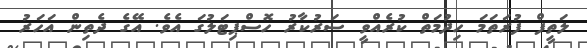
ލަތީފް ފުރަތަމަ ހިދުމަތް ކުރެއްވީ ސަރުކާރު ހޮސްޕިޓަލުގަ އެވެ. އޭގެ ދެތިން އަހަރު